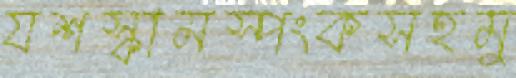
যশস্কামস্পংকসহমু